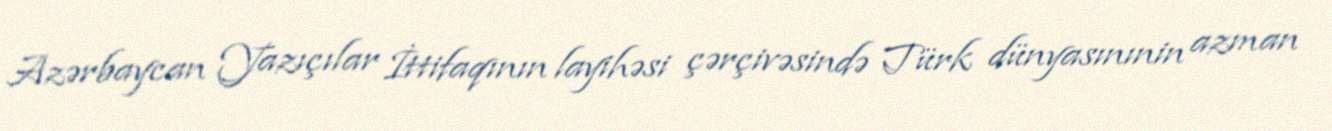
Azərbaycan Yazıçılar İttifaqının layihəsi çərçivəsində Türk dünyasınınin azman